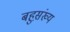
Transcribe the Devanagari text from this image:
बहुस़़ंख्य